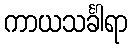
ကာယသင်္ခါရာ